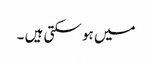
میں ہو سکتی ہیں ۔